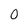
Character: 0